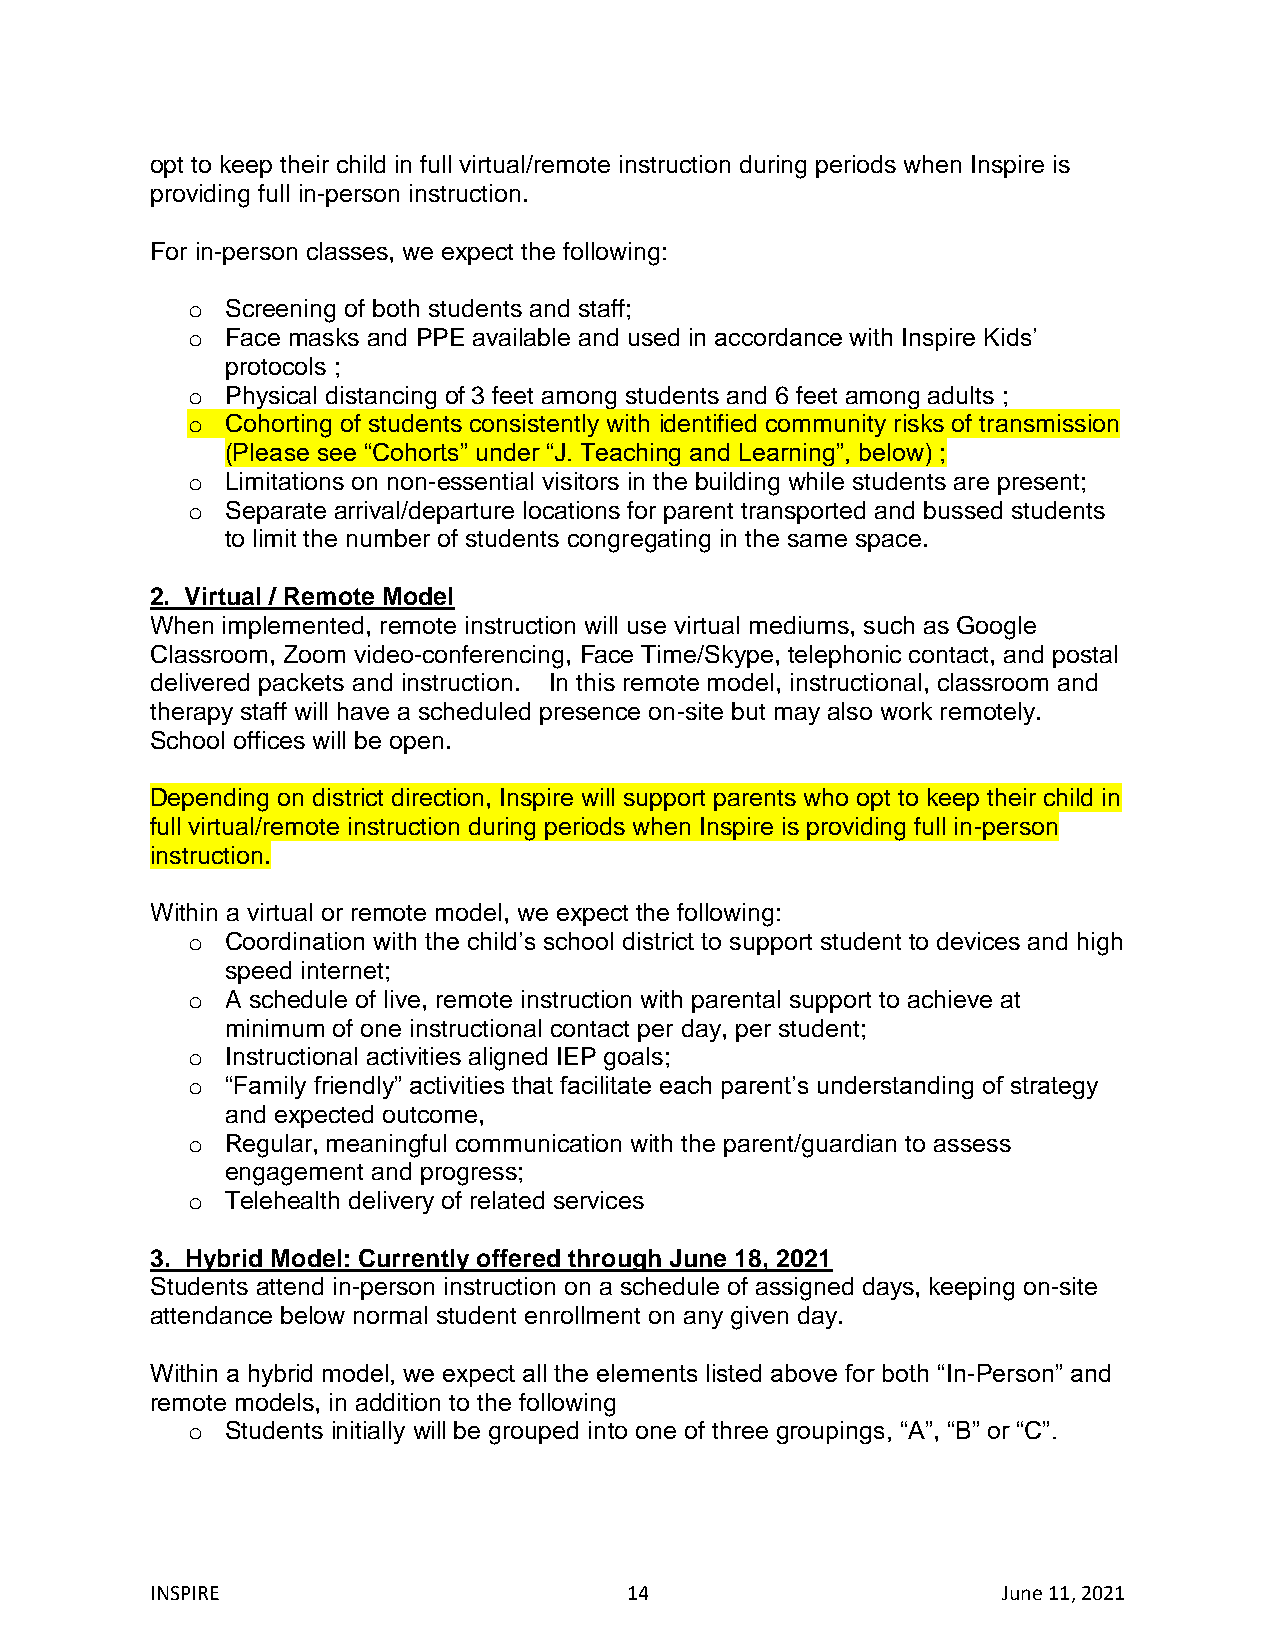
opt to keep their child in full virtual/remote instruction during periods when Inspire is
 providing full in-person instruction.
 For in-person classes, we expect the following:
 o  Screening of both students and staff;
 o  Face masks and PPE available and used in accordance with Inspire Kids’
 protocols ;
 o  Physical distancing of 3 feet among students and 6 feet among adults ;
 o  Cohorting of students consistently with identified community risks of transmission
 (Please see “Cohorts” under “J. Teaching and Learning”, below) ;
 o  Limitations on non-essential visitors in the building while students are present;
 o  Separate arrival/departure locations for parent transported and bussed students
 to limit the number of students congregating in the same space.
 2. Virtual / Remote Model
 When implemented, remote instruction will use virtual mediums, such as Google
 Classroom, Zoom video-conferencing, Face Time/Skype, telephonic contact, and postal
 delivered packets and instruction. In this remote model, instructional, classroom and
 therapy staff will have a scheduled presence on-site but may also work remotely.
 School offices will be open.
 Depending on district direction, Inspire will support parents who opt to keep their child in
 full virtual/remote instruction during periods when Inspire is providing full in-person
 instruction.
 Within a virtual or remote model, we expect the following:
 o  Coordination with the child’s school district to support student to devices and high
 speed internet;
 o  A schedule of live, remote instruction with parental support to achieve at
 minimum of one instructional contact per day, per student;
 o  Instructional activities aligned IEP goals;
 o  “Family friendly” activities that facilitate each parent’s understanding of strategy
 and expected outcome,
 o  Regular, meaningful communication with the parent/guardian to assess
 engagement and progress;
 o  Telehealth delivery of related services
 3. Hybrid Model: Currently offered through June 18, 2021
 Students attend in-person instruction on a schedule of assigned days, keeping on-site
 attendance below normal student enrollment on any given day.
 Within a hybrid model, we expect all the elements listed above for both “In-Person” and
 remote models, in addition to the following
 o  Students initially will be grouped into one of three groupings, “A”, “B” or “C”.
 INSPIRE                        14                       June 11, 2021